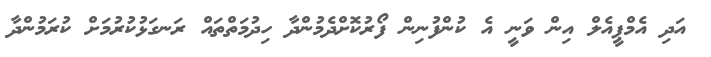
އަދި އެމްޕީއެލް އިން ވަނީ އެ ކުންފުނިން ފޯރުކޮށްދެމުންދާ ހިދުމަތްތައް ރަނގަޅުކުރުމަށް ކުރަމުންދާ